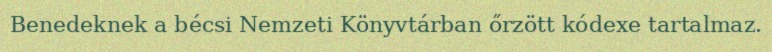
Benedeknek a bécsi Nemzeti Könyvtárban őrzött kódexe tartalmaz.